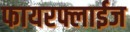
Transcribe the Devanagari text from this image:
फायरफ्लाईज